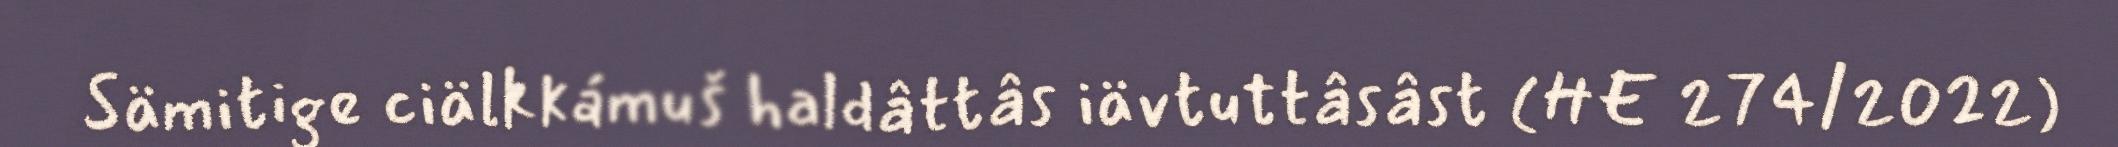
Sämitige ciälkkámuš haldâttâs iävtuttâsâst (HE 274/2022)